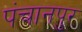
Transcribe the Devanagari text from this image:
पंचानपुर